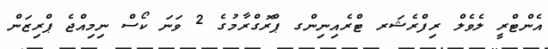
އެންޓްރީ ލެވެލް ރިފްރެޝަރ ޓްރެއިނިންގ ޕްރޮގްރާމުގެ 2 ވަނަ ކޯސް ނިމިއްޖެ ޕްރިޒަން